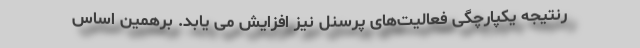
رنتیجه یکپارچگی فعالیت‌های پرسنل نیز افزایش می یابد. برهمین اساس